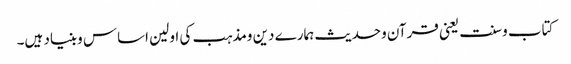
کتاب وسنت یعنی قرآن وحدیث ہمارے دین ومذہب کی اولین اساس وبنیاد ہیں۔